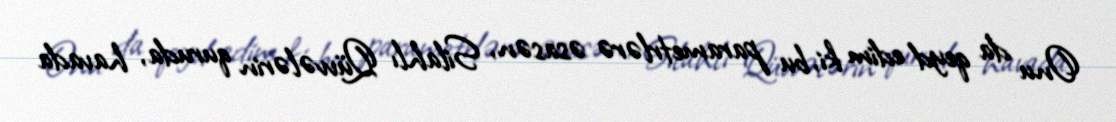
Onu da qeyd edim ki, bu parametrlərə əsasən, Silahlı Qüvvələrin quruda, havada